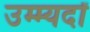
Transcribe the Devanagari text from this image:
उम्म्यदों